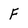
Character: f